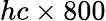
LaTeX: hc\times 800